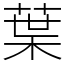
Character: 葉